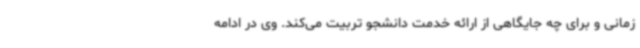
زمانی و برای چه جایگاهی از ارائه خدمت دانشجو تربیت می‌کند. وی در ادامه